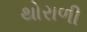
થોરાળી